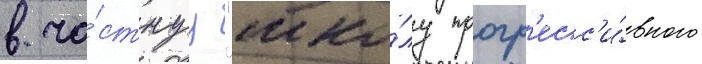
в ча́стнуу "шко́лу прогр'есс'и́вного